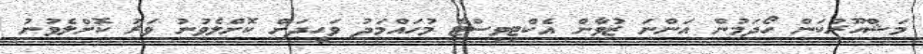
މަޝްހޫރުކަން ހޯދަމުން އަންނަ ޒުވާން އެކްޓިވިސްޓް މުހައްމަދު ވަހީދަށް ކޮށްލެވުނު ވަރު ކޮށްލެވުނު